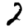
Digit: 2